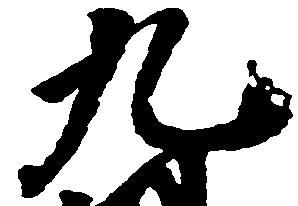
九